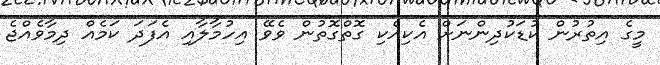
މީގެ އިތުރުން ކުޑަކުދިންނަށް އެކިއެކި ގޮތްގޮތުން ވެވޭ އިހުމާލާއި އެފަދަ ކަމެއް ދިމާވެއްޖެ